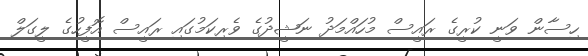
ހިސާން ވަނީ ކުރީގެ ރައީސް މުހައްމަދު ނަޝީދުގެ ވެރިކަމުގައި ރައީސް އޮފީހުގެ ލީގަލް